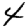
Digit: 4